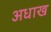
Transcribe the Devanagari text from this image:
अधाख